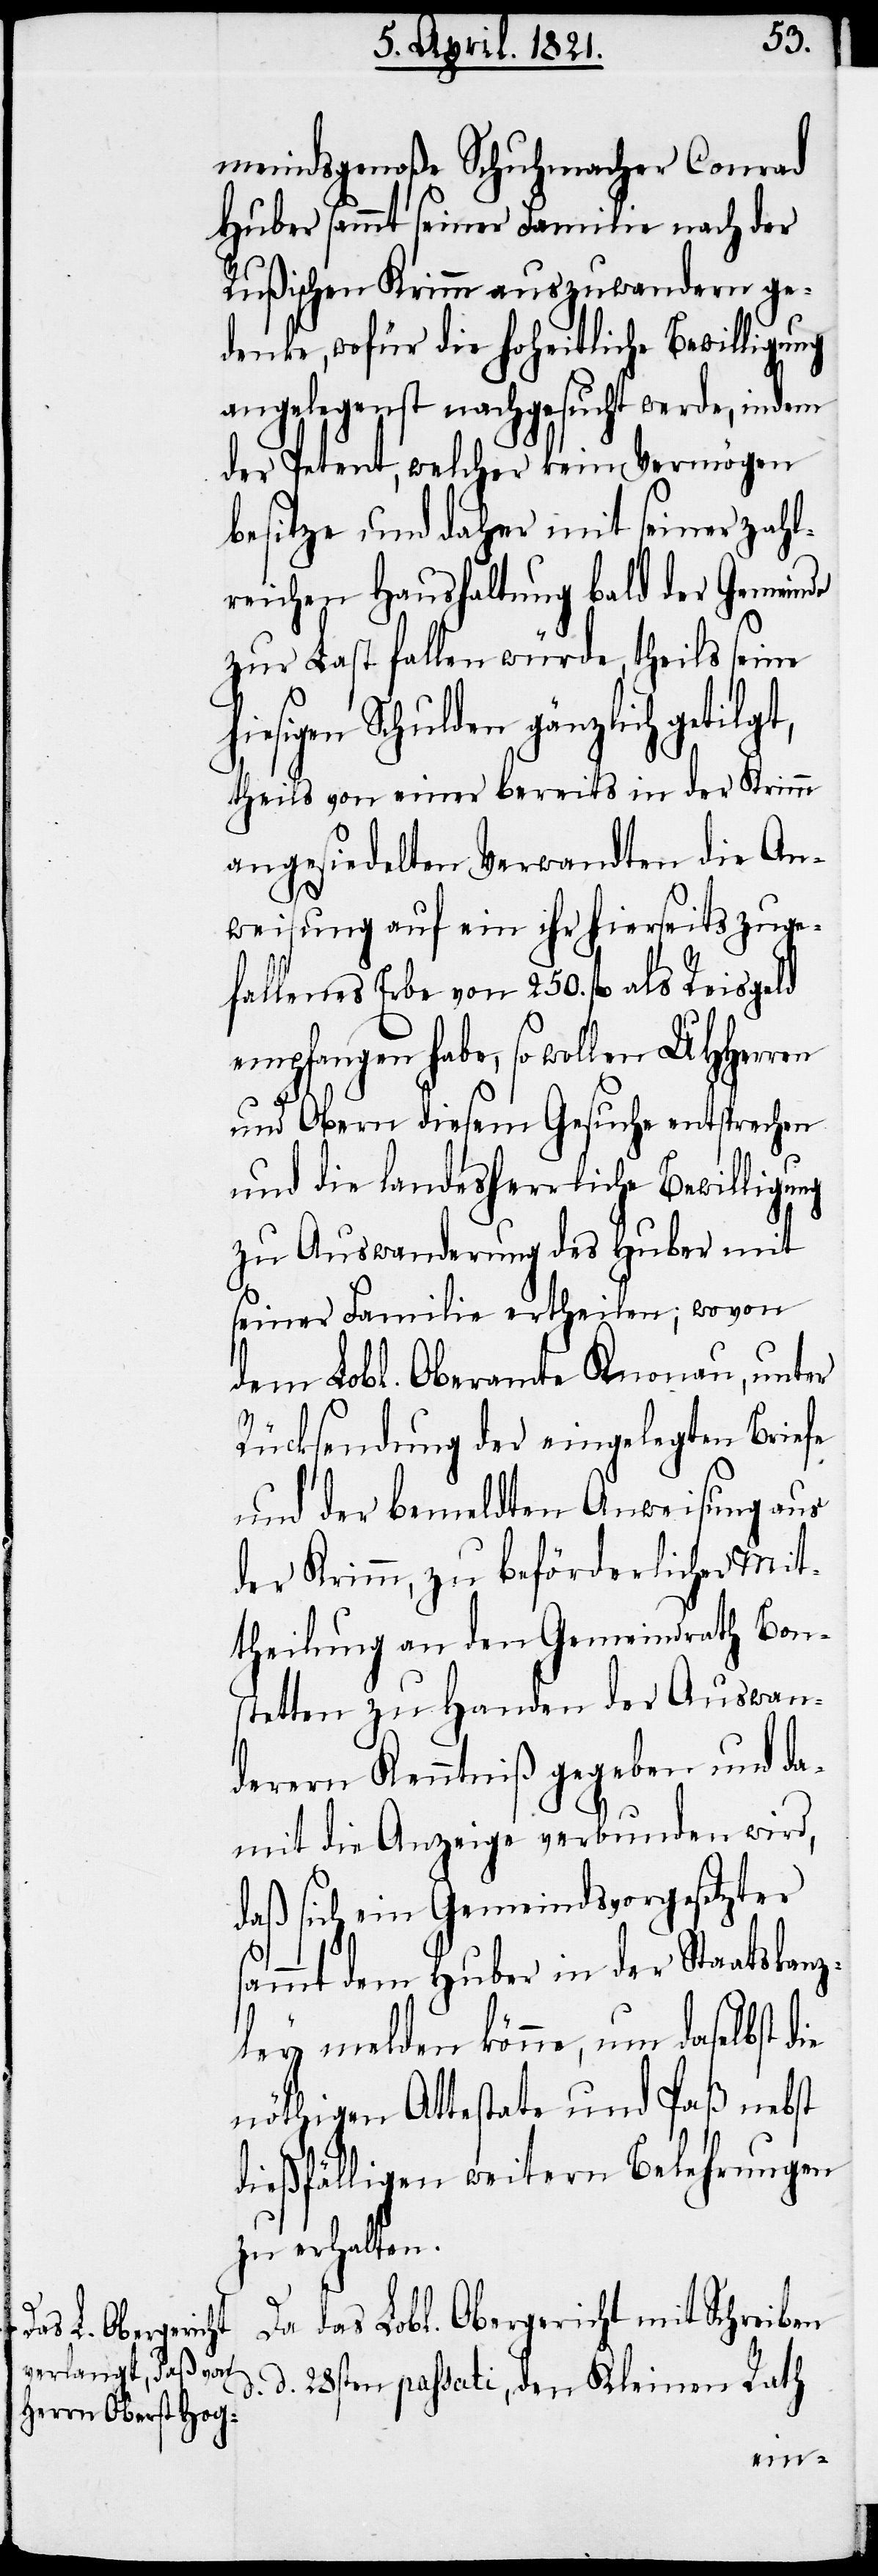
h¬

meindsgenoße Schuhmacher Conrad
Huber sammt seiner Familie nach der
Rußischen Krimm auszuwandern ge¬
denke, wofür die hoheitliche Bewilligung
angelegenst nachgesucht werde, indem
der Petent, welcher kein Vermögen
besitze und daher mit seiner zahl¬
reichen Haushaltung bald der Gemeinde
zur Last fallen würde, theils seine
iesigen Schulden gänzlich getilgt,
theils von einer bereits in der Krimm
angesiedelten Verwandten die An¬
weisung auf ein ihr hierseits zuge¬
fallenes Erbe von 250. fl. als Reisegeld
empfangen habe, so wollen UHHerren
und Obern diesem Gesuche entsprechen
und die landesherrliche Bewilligung
zu Auswanderung des Huber mit
seiner Familie ertheilen; wovon
dem Lobl. Oberamte Knonau, unter
Rücksendung der eingelegten Briefe
und der bemeldten Anweisung aus
der Krimm, zu beförderlicher Mit¬
theilung an den Gemeindrath Bon¬
stetten zu Handen der Auswan¬
derer Kenntniß gegeben und da¬
mit die Anzeige verbunden wird,
daß sich ein Gemeindsvorgesetzter
sammt dem Huber in der Staatskanz¬
ley melden könne, um daselbst die
nöthigen Attestate und Paß nebst
dießfälligen weitern Belehrungen
zu erhalten.
Da das Lobl. Obergericht mit Schreiben
d. d. 28sten passati, den Kleinen Rath